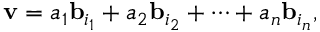
\mathbf { v } = a _ { 1 } \mathbf { b } _ { i _ { 1 } } + a _ { 2 } \mathbf { b } _ { i _ { 2 } } + \cdots + a _ { n } \mathbf { b } _ { i _ { n } } ,